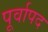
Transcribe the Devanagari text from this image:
पूर्वापद